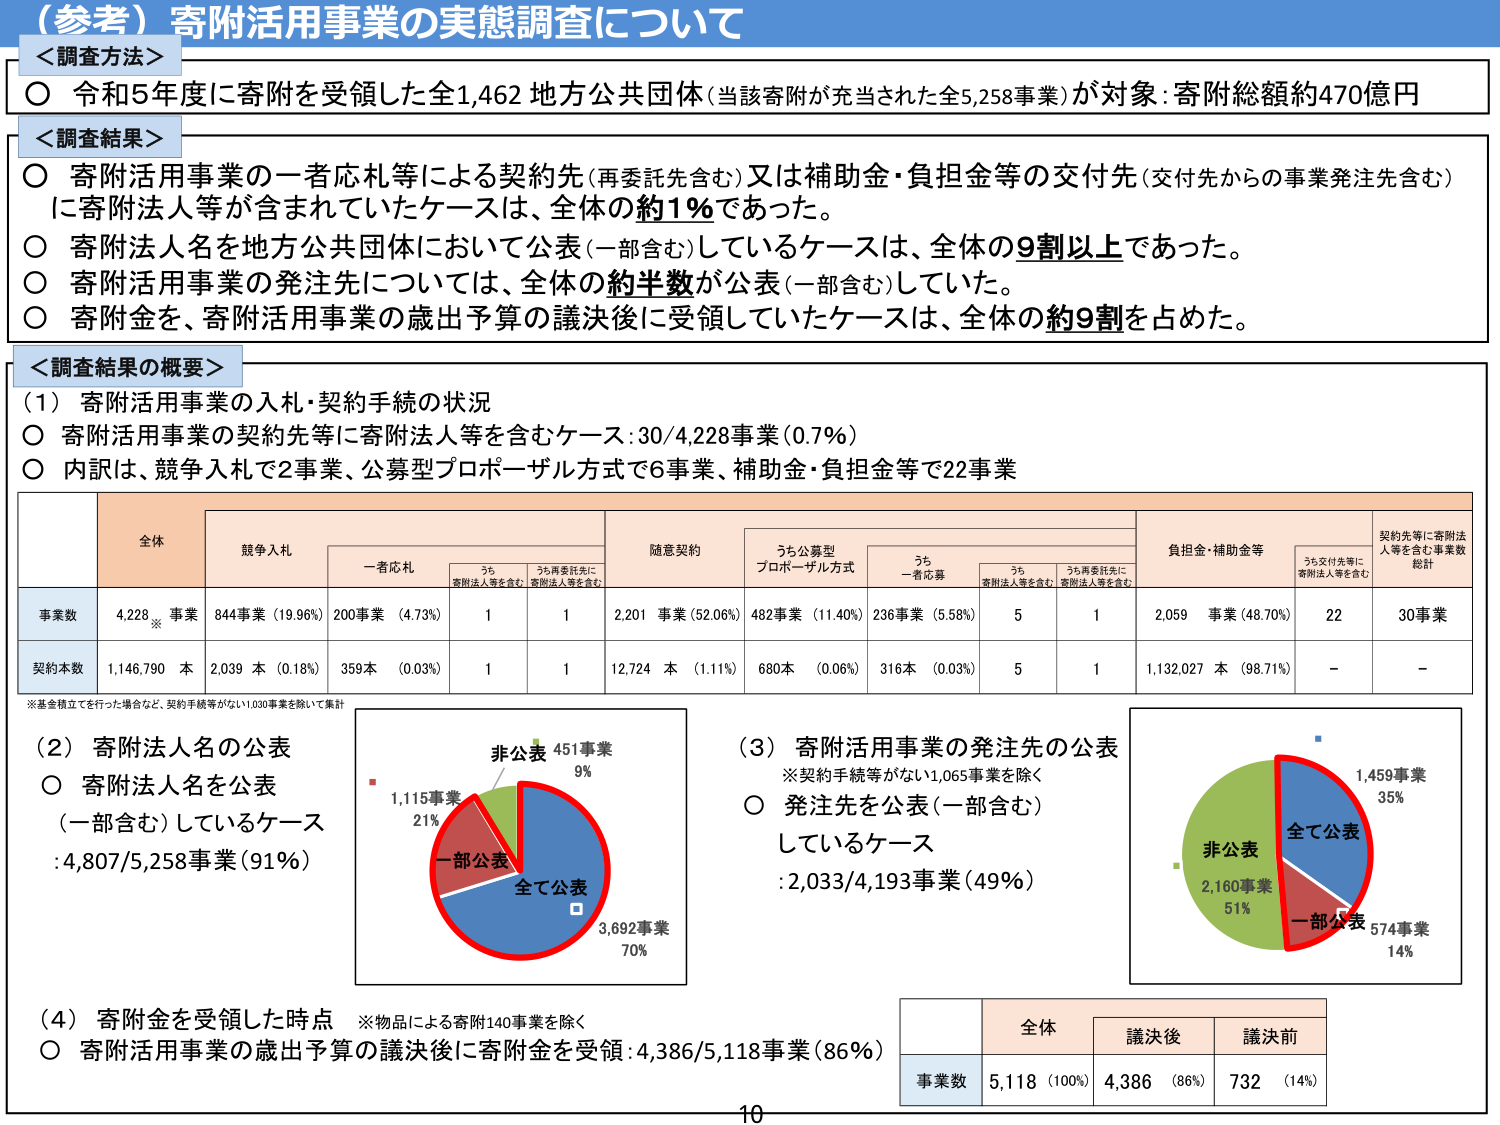
（参考）寄附活用事業の実態調査について

＜調査方法＞
○ 令和5年度に寄附を受領した全1,462地方公共団体（当該寄附が充当された全5,258事業）が対象：寄附総額約470億円

＜調査結果＞
○ 寄附活用事業の一者応札等による契約先（再委託先含む）又は補助金・負担金等の交付先（交付先からの事業発注先含む）に寄附法人等が含まれていたケースは、全体の約1％であった。
○ 寄附法人名を地方公共団体において公表（一部含む）しているケースは、全体の9割以上であった。
○ 寄附活用事業の発注先については、全体の約半数が公表（一部含む）していた。
○ 寄附金を、寄附活用事業の歳出予算の議決後に受領していたケースは、全体の約9割を占めた。

＜調査結果の概要＞
（1）寄附活用事業の入札・契約手続の状況
○ 寄附活用事業の契約先等に寄附法人等を含むケース：30/4,228事業（0.7％）
○ 内訳は、競争入札で2事業、公募型プロポーザル方式で6事業、補助金・負担金等で22事業

全体　競争入札　一者応札　随意契約　うち公募型プロポーザル方式　負担金・補助金等　契約先等に寄附法人等を含む事業数総計
　　　　うち寄附法人等を含む　うち再委託先に寄附法人等を含む　うち一者応募　うち寄附法人等を含む　うち再委託先に寄附法人等を含む　うち交付先等に寄附法人等を含む

事業数　4,228事業　844事業（19.96％）　200事業（4.73％）　1　1　2,201事業（52.06％）　482事業（11.40％）　236事業（5.58％）　5　1　2,059事業（48.70％）　22　30事業
契約本数　1,146,790本　2,039本（0.18％）　359本（0.03％）　1　1　12,724本（1.11％）　680本（0.06％）　316本（0.03％）　5　1　1,132,027本（98.71％）　－　－

※基金積立てを行った場合など、契約手続等がない1,030事業を除いて集計

（2）寄附法人名の公表
○ 寄附法人名を公表（一部含む）しているケース：4,807/5,258事業（91％）

非公表 451事業 9％
一部公表 1,115事業 21％
全て公表 3,692事業 70％

（3）寄附活用事業の発注先の公表
※契約手続等がない1,065事業を除く
○ 発注先を公表（一部含む）しているケース：2,033/4,193事業（49％）

非公表 2,160事業 51％
一部公表 574事業 14％
全て公表 1,459事業 35％

（4）寄附金を受領した時点　※物品による寄附140事業を除く
○ 寄附活用事業の歳出予算の議決後に寄附金を受領：4,386/5,118事業（86％）

全体　議決後　議決前
事業数　5,118（100％）　4,386（86％）　732（14％）

10